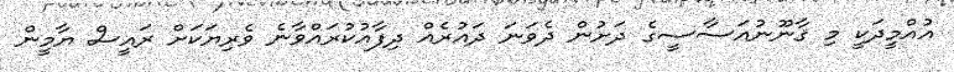
އުއްމީދަކީ މި ޤާނޫނުއަސާސީގެ ދަށުން ދެވަނަ ދައުރެއް ދިފާއުކުރައްވާނެ ވެރިޔަކަށް ރައީސް ޔާމީން